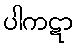
ပါကဋာ